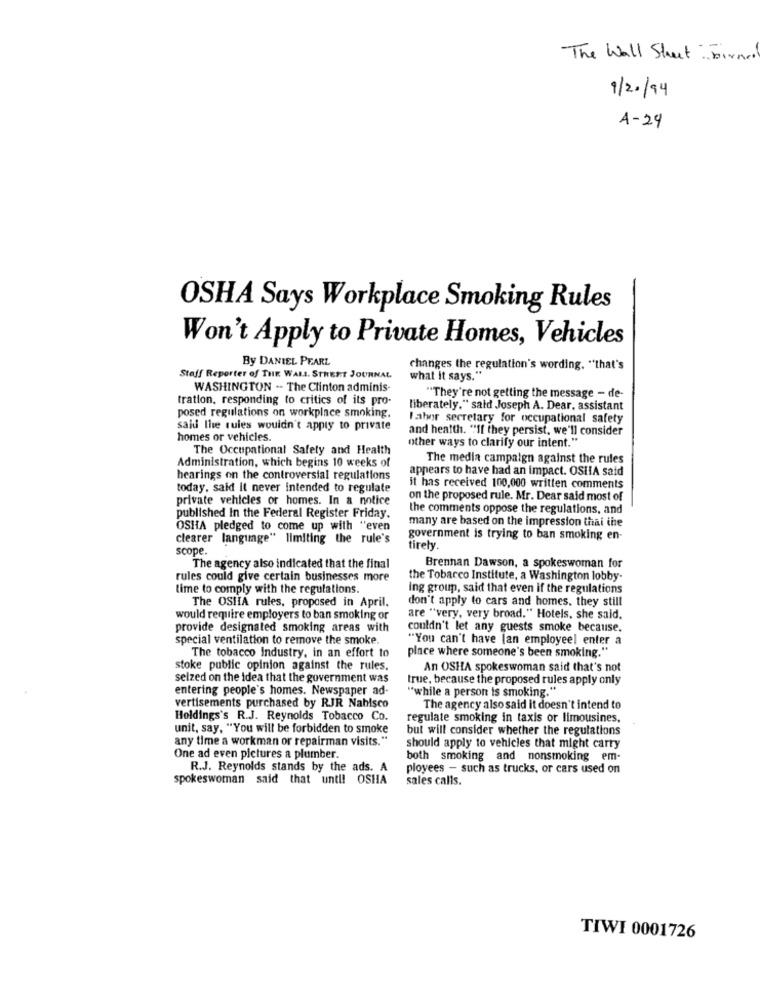
The Wall Street: birner
9/20/94
A-29
OSHA Says Workplace Smoking Rules
Won't Apply to Private Homes, Vehicles
By DANIEL PEARL
changes the regulation's wording. "that's
Staff Reporter of THE WALL STREET JOURNAL
what it says."
WASHINGTON -- The Clinton adminis
tration, responding to critics of its pro-
"They're not getting the message - de-
posed regulations on workplace smoking.
liberately." said Joseph A. Dear, assistant
labor secretary for occupational safety
said the rules wouldn't apply to private
and health. "If they persist, we'll consider
homes or vehicles.
other ways to clarify our intent."
The Occupational Safety and Health
Administration, which begins 10 weeks of
The media campaign against the rules
appears to have had an impact. OSHA said
hearings on the controversial regulations
today, said it never intended to regulate
it has received 100,000 written comments
private vehicles or homes. In a notice
on the proposed rule. Mr. Dear said most of
the comments oppose the regulations, and
published In the Federal Register Friday.
OSHA pledged to come up with "even
many are based on the impression thai ine
clearer language" limiting the rule's
government is trying to ban smoking en-
scope.
tirely
The agency also indicated that the final
Brennan Dawson, a spokeswoman for
rules could give certain businesses more
the Tobacco Institute, a Washington lobby-
time to comply with the regulations.
Ing group, said that even if the regulations
The OSIIA rules, proposed in April.
don't apply to cars and homes, they still
would require employers to ban smoking or
are "very, very broad." Hotels, she said.
provide designated smoking areas with
couldn't let any guests smoke because.
special ventilation to remove the smoke.
"You can't have lan employeel enter a
The tobacco Industry, in an effort to
place where someone's been smoking."
stoke public opinion against the rules.
An OSHA spokeswoman said that's not
selzed on the Idea that the government was
true, because the proposed rules apply only
entering people's homes. Newspaper ad-
"while a person is smoking."
vertisements purchased by RJR Nabisco
The agency also said it doesn't intend to
Holdings's R.J. Reynolds Tobacco Co.
regulate smoking in taxis or limousines,
unit, say, "You will be forbidden to smoke
but will consider whether the regulations
any time a workman or repairman visits."
should apply to vehicles that might carry
One ad even pictures a plumber.
both smoking and nonsmoking em-
R.J. Reynolds stands by the ads. A
ployees - such as trucks, or cars used on
spokeswoman said that unt !! OSHA
sales calls.
TIWI 0001726